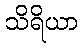
သိရိယာ